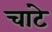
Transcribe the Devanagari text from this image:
चांटे